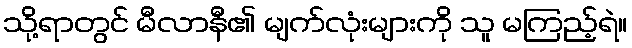
သို့ရာတွင် မီလာနီ၏ မျက်လုံးများကို သူ မကြည့်ရဲ။